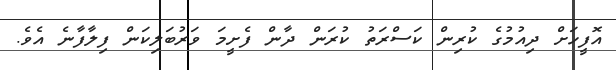
އޮފީހަށް ދިއުމުގެ ކުރިން ކަސްރަތު ކުރަން ދާން ފެށީމަ ވަރުބަލިކަން ފިލާފާނެ އެވެ.